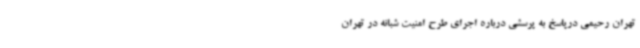
تهران رحیمی درپاسخ به پرسشی درباره اجرای طرح امنیت شبانه در تهران